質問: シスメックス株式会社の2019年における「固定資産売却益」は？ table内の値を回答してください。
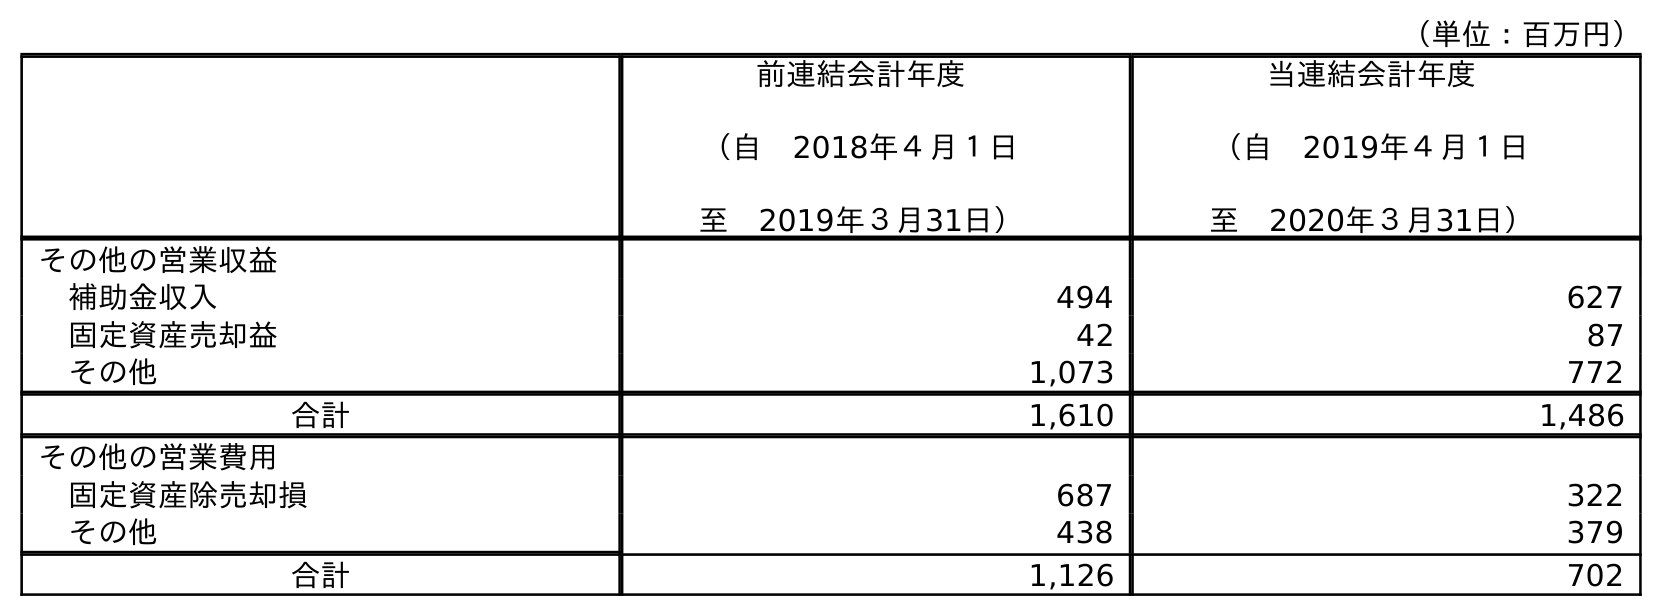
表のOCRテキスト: （単位：百万円） 前連結会計年度 （自 2018年４月１日 至 2019年３月31日） 当連結会計年度 （自 2019年４月１日 至 2020年３月31日） その他の営業収益 補助金収入 494 627 固定資産売却益 42 87 その他 1,073 772 合計 1,610 1,486 その他の営業費用 固定資産除売却損 687 322 その他 438 379 合計 1,126 702
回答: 42